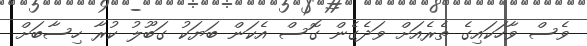
ވެސް ވާހަކައިގެ ތެރެއަށް ވަދެގެން ގޮސް އެކަން ބަޔަކު ގަބޫލު ކުރާ ހިސާބަށް